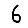
Digit: 6